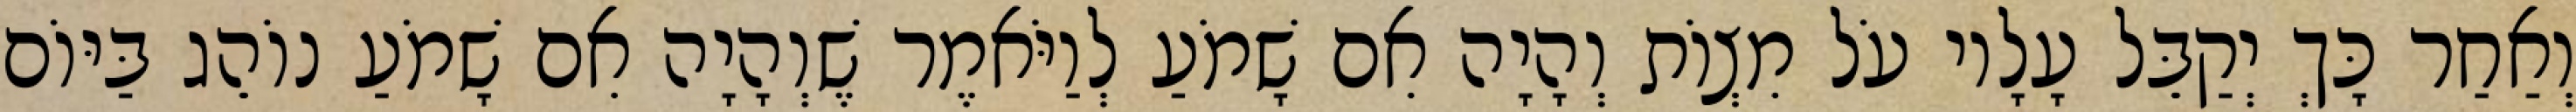
וְאַחַר כָּךְ יְקַבֵּל עָלָיו עֹל מִצְוֹת וְהָיָה אִם שָׁמֹעַ לְוַיֹּאמֶר שֶׁוְהָיָה אִם שָׁמֹעַ נוֹהֵג בַּיּוֹם